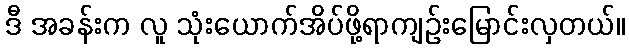
ဒီ အခန်းက လူ သုံးယောက်အိပ်ဖို့ရာကျဉ်းမြောင်းလှတယ်။